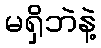
မရှိဘဲနဲ့